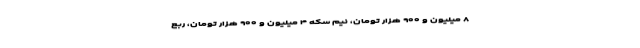
۸ میلیون و ۹۰۰ هزار تومان، نیم سکه ۴ میلیون و ۹۰۰ هزار تومان، ربع